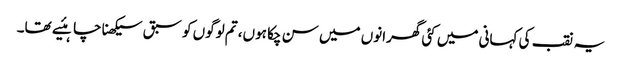
یہ نقب کی کہانی میں کئی گھرانوں میں سن چکا ہوں، تم لوگوں کو سبق سیکھنا چاہئیے تھا۔